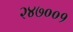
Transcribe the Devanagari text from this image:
२४७००१